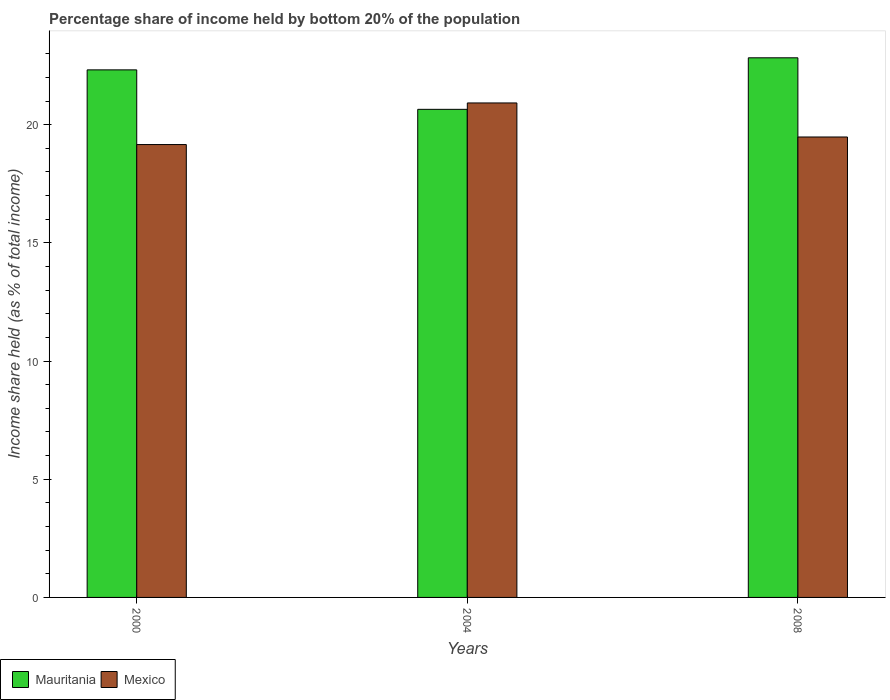
| Years | Mauritania | Mexico |
 | --- | --- | --- |
 | 2000 | 22.3 | 19.2 |
 | 2004 | 20.6 | 20.9 |
 | 2008 | 22.8 | 19.5 |